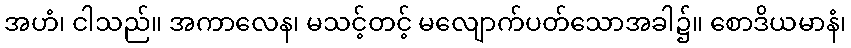
အဟံ၊ ငါသည်။ အကာလေန၊ မသင့်တင့် မလျောက်ပတ်သောအခါ၌။ စောဒိယမာနံ၊